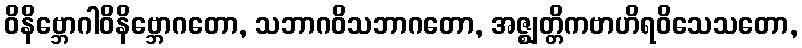
ဝိနိဗ္ဘောဂါဝိနိဗ္ဘောဂတော, သဘာဂဝိသဘာဂတော, အဇ္ဈတ္တိကဗာဟိရဝိသေသတော,